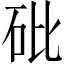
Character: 砒